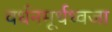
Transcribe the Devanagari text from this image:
वर्धनमूर्धध्वजा